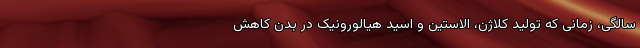
سالگی، زمانی که تولید کلاژن، الاستین و اسید هیالورونیک در بدن کاهش